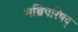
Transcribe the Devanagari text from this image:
मन्त्रिपरिषद्